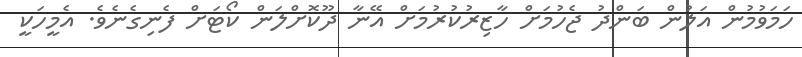
ހަމަވުމުން އަލުން ބަންދު ޖެހުމަށް ހާޒިރުކުރުމަށް އޭނާ ދޫކޮށްލަން ކޯޓަށް ފެނިގެނެވެ. އެމީހަކީ